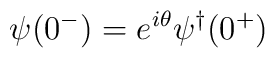
\psi(0^-)=e^{i\theta}\psi^{\dagger} (0^+)